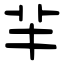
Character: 𦍋